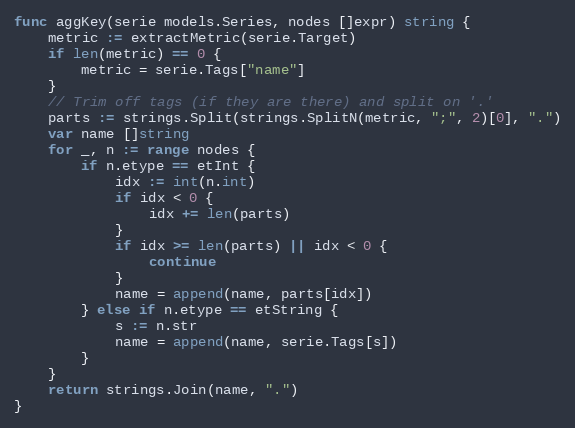
Language: Go
func aggKey(serie models.Series, nodes []expr) string {
	metric := extractMetric(serie.Target)
	if len(metric) == 0 {
		metric = serie.Tags["name"]
	}
	// Trim off tags (if they are there) and split on '.'
	parts := strings.Split(strings.SplitN(metric, ";", 2)[0], ".")
	var name []string
	for _, n := range nodes {
		if n.etype == etInt {
			idx := int(n.int)
			if idx < 0 {
				idx += len(parts)
			}
			if idx >= len(parts) || idx < 0 {
				continue
			}
			name = append(name, parts[idx])
		} else if n.etype == etString {
			s := n.str
			name = append(name, serie.Tags[s])
		}
	}
	return strings.Join(name, ".")
}